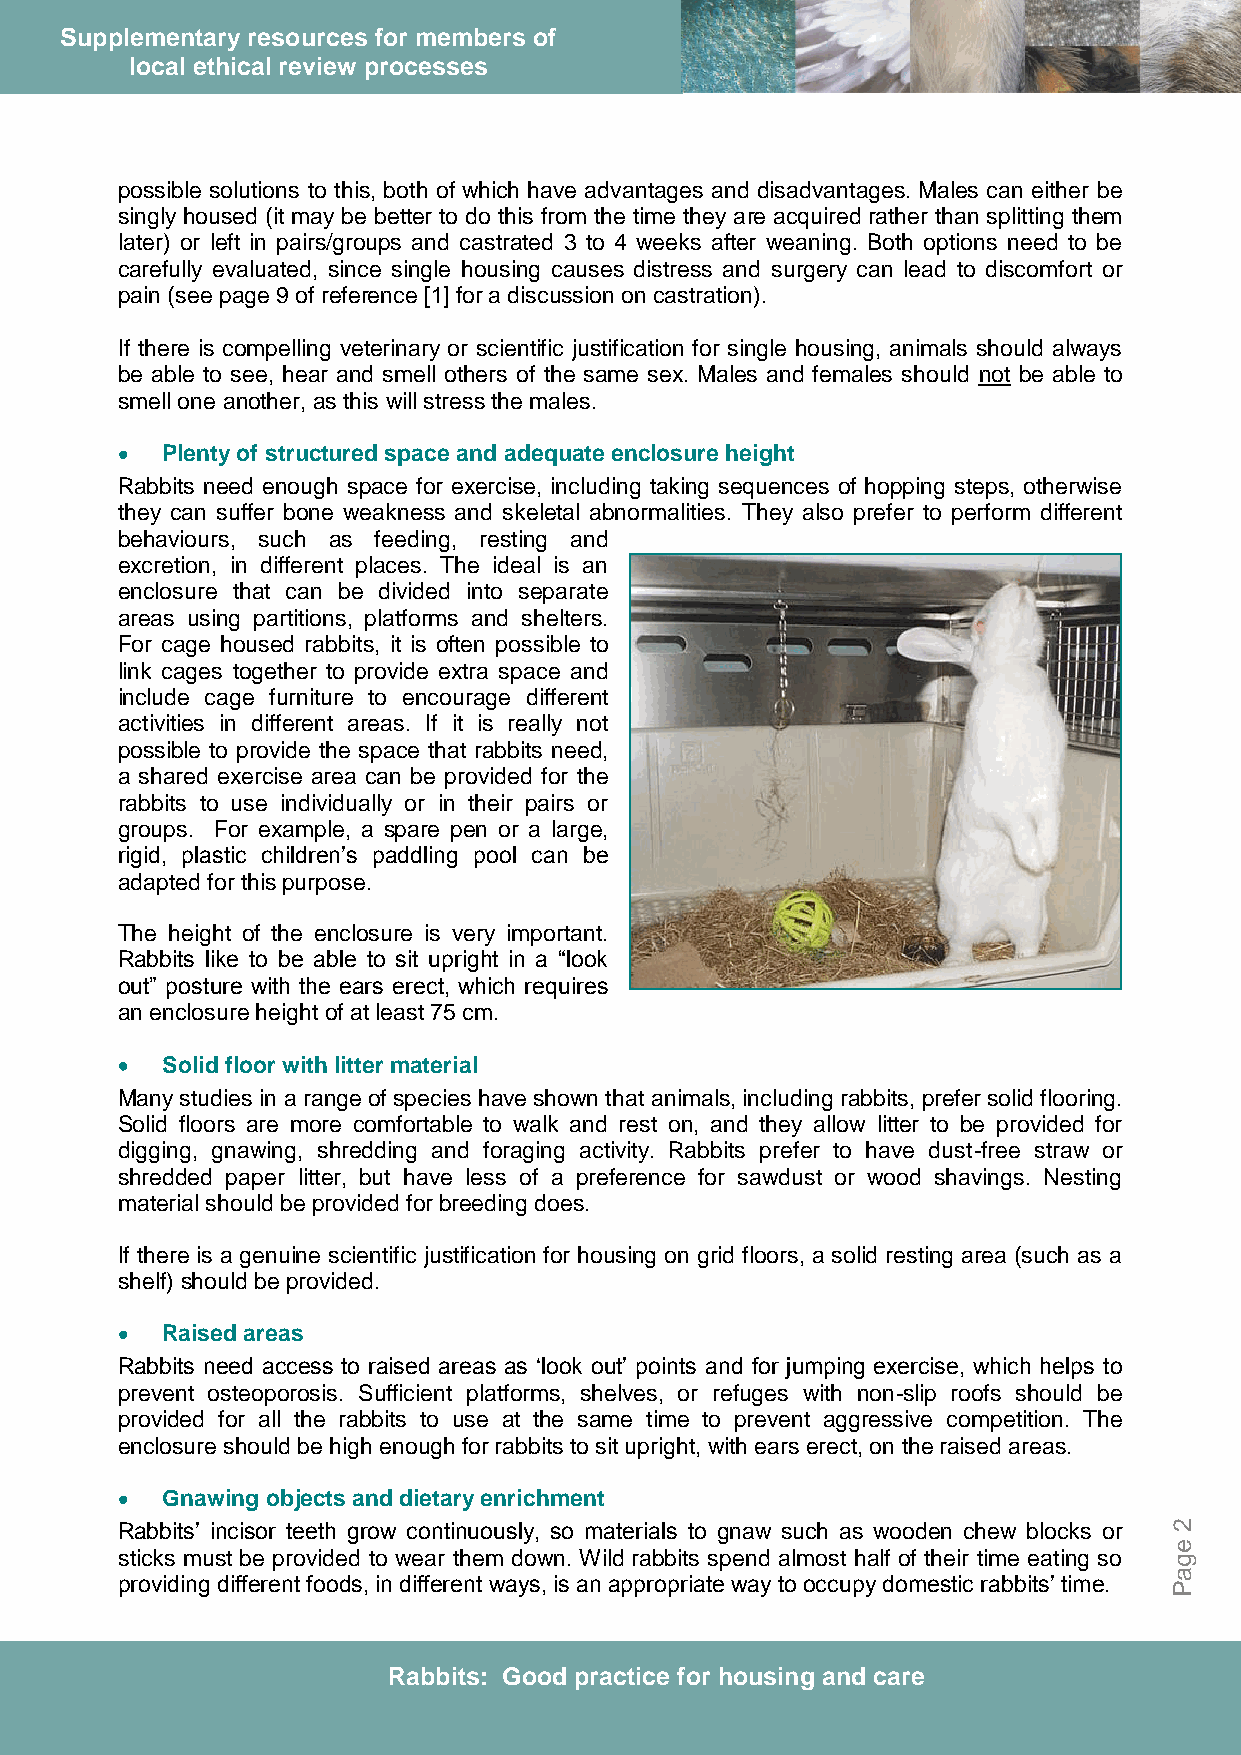
Supplementary resources for members of
 local ethical review processes
 possible solutions to this, both of which have advantages and disadvantages. Males can either be
 singly housed (it may be better to do this from the time they are acquired rather than splitting them
 later) or left in pairs/groups and castrated 3 to 4 weeks after weaning. Both options need to be
 carefully evaluated, since single housing causes distress and surgery can lead to discomfort or
 pain (see page 9 of reference [1] for a discussion on castration).
 If there is compelling veterinary or scientific justification for single housing, animals should always
 be able to see, hear and smell others of the same sex. Males and females should not be able to
 smell one another, as this will stress the males.
 Plenty of structured space and adequate enclosure height
 Rabbits need enough space for exercise, including taking sequences of hopping steps, otherwise
 they can suffer bone weakness and skeletal abnormalities. They also prefer to perform different
 behaviours, such as feeding, resting and
 excretion, in different places. The ideal is an
 enclosure that can be divided into separate
 areas using partitions, platforms and shelters.
 For cage housed rabbits, it is often possible to
 link cages together to provide extra space and
 include cage furniture to encourage different
 activities in different areas. If it is really not
 possible to provide the space that rabbits need,
 a shared exercise area can be provided for the
 rabbits to use individually or in their pairs or
 groups. For example, a spare pen or a large,
 rigid, plastic children‟s paddling pool can be
 adapted for this purpose.
 The height of the enclosure is very important.
 Rabbits like to be able to sit upright in a “look
 out” posture with the ears erect, which requires
 an enclosure height of at least 75 cm.
 Solid floor with litter material
 Many studies in a range of species have shown that animals, including rabbits, prefer solid flooring.
 Solid floors are more comfortable to walk and rest on, and they allow litter to be provided for
 digging, gnawing, shredding and foraging activity. Rabbits prefer to have dust-free straw or
 shredded paper litter, but have less of a preference for sawdust or wood shavings. Nesting
 material should be provided for breeding does.
 If there is a genuine scientific justification for housing on grid floors, a solid resting area (such as a
 shelf) should be provided.
 Raised areas
 Rabbits need access to raised areas as „look out‟ points and for jumping exercise, which helps to
 prevent osteoporosis. Sufficient platforms, shelves, or refuges with non-slip roofs should be
 provided for all the rabbits to use at the same time to prevent aggressive competition. The
 enclosure should be high enough for rabbits to sit upright, with ears erect, on the raised areas.
 Gnawing objects and dietary enrichment
 Rabbits‟ incisor teeth grow continuously, so materials to gnaw such as wooden chew blocks or 2
 e
 sticks must be provided to wear them down. Wild rabbits spend almost half of their time eating so g
 a
 providing different foods, in different ways, is an appropriate way to occupy domestic rabbits‟ time.
 P
 Rabbits: Good practice for housing and care